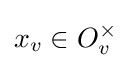
x_{v}\in O_{v}^{\times }